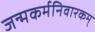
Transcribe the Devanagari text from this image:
जन्मकर्मनिवारकम्